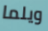
ويلما